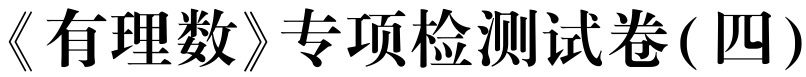
《有理数》专项检测试卷(四)